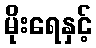
မိုးရေနှင့်